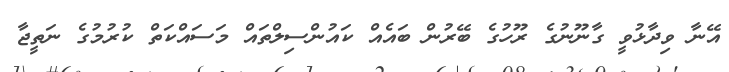
އޭނާ ވިދާޅުވީ ގާނޫނުގެ ރޫހުގެ ބޭރުން ބައެއް ކައުންސިލްތައް މަސައްކަތް ކުރުމުގެ ނަތީޖާ